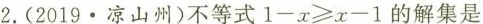
2.(2019·凉山州)不等式$$1-x\geqslant x-1$$的解集是